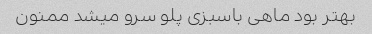
بهتر بود ماهی باسبزی پلو سرو میشد ممنون